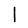
Digit: 1